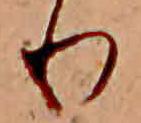
り